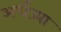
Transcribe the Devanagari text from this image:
अर्धज्या